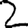
Digit: 2